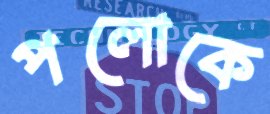
পলোকে